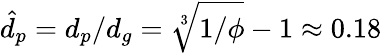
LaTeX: \hat{d}_{p}=d_{p}/d_{g}=\sqrt[3]{1/\phi}-1\approx 0.18